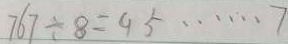
7 6 7 \div 8 = 9 5 \cdots 7